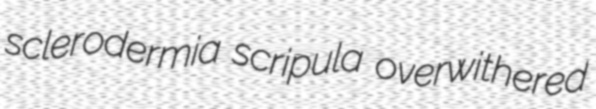
sclerodermia scripula overwithered